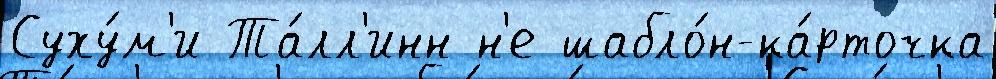
Суху́м'и Та́лл'инн н'е шабло́н-ка́рточка